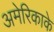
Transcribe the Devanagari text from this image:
अमेरिकाके